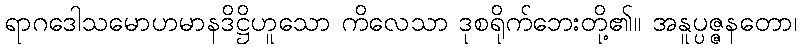
ရာဂဒေါသမောဟမာနဒိဋ္ဌိဟူသော ကိလေသာ ဒုစရိုက်ဘေးတို့၏။ အနူပ္ပဇ္ဇနတော၊